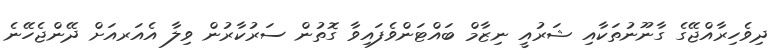
ދިވެހިރާއްޖޭގެ ގާނޫނުތަކާއި ޝަރުއީ ނިޒާމް ބައްޓަންވެފައިވާ ގޮތުން ސަރުކާރުން ވިލާ އެއަރއަށް ދޭންޖެހޭނެ